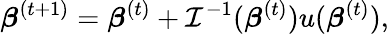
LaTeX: {\boldsymbol{\beta}}^{(t+1)}={\boldsymbol{\beta}}^{(t)}+{\mathcal{I}}^{-1}({\boldsymbol{\beta}}^{(t)})u({\boldsymbol{\beta}}^{(t)}),